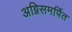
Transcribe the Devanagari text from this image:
अग्निसमर्पित